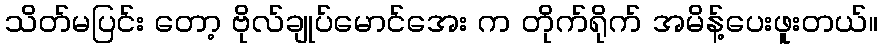
သိတ်မပြင်း တော့ ဗိုလ်ချုပ်မောင်အေး က တိုက်ရိုက် အမိန့်ပေးဖူးတယ်။